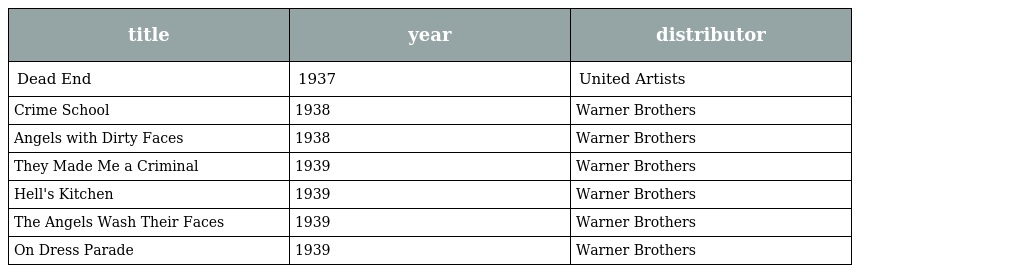
| title | year | distributor |
 | --- | --- | --- |
 | Dead End | 1937 | United Artists |
 | Crime School | 1938 | Warner Brothers |
 | Angels with Dirty Faces | 1938 | Warner Brothers |
 | They Made Me a Criminal | 1939 | Warner Brothers |
 | Hell's Kitchen | 1939 | Warner Brothers |
 | The Angels Wash Their Faces | 1939 | Warner Brothers |
 | On Dress Parade | 1939 | Warner Brothers |